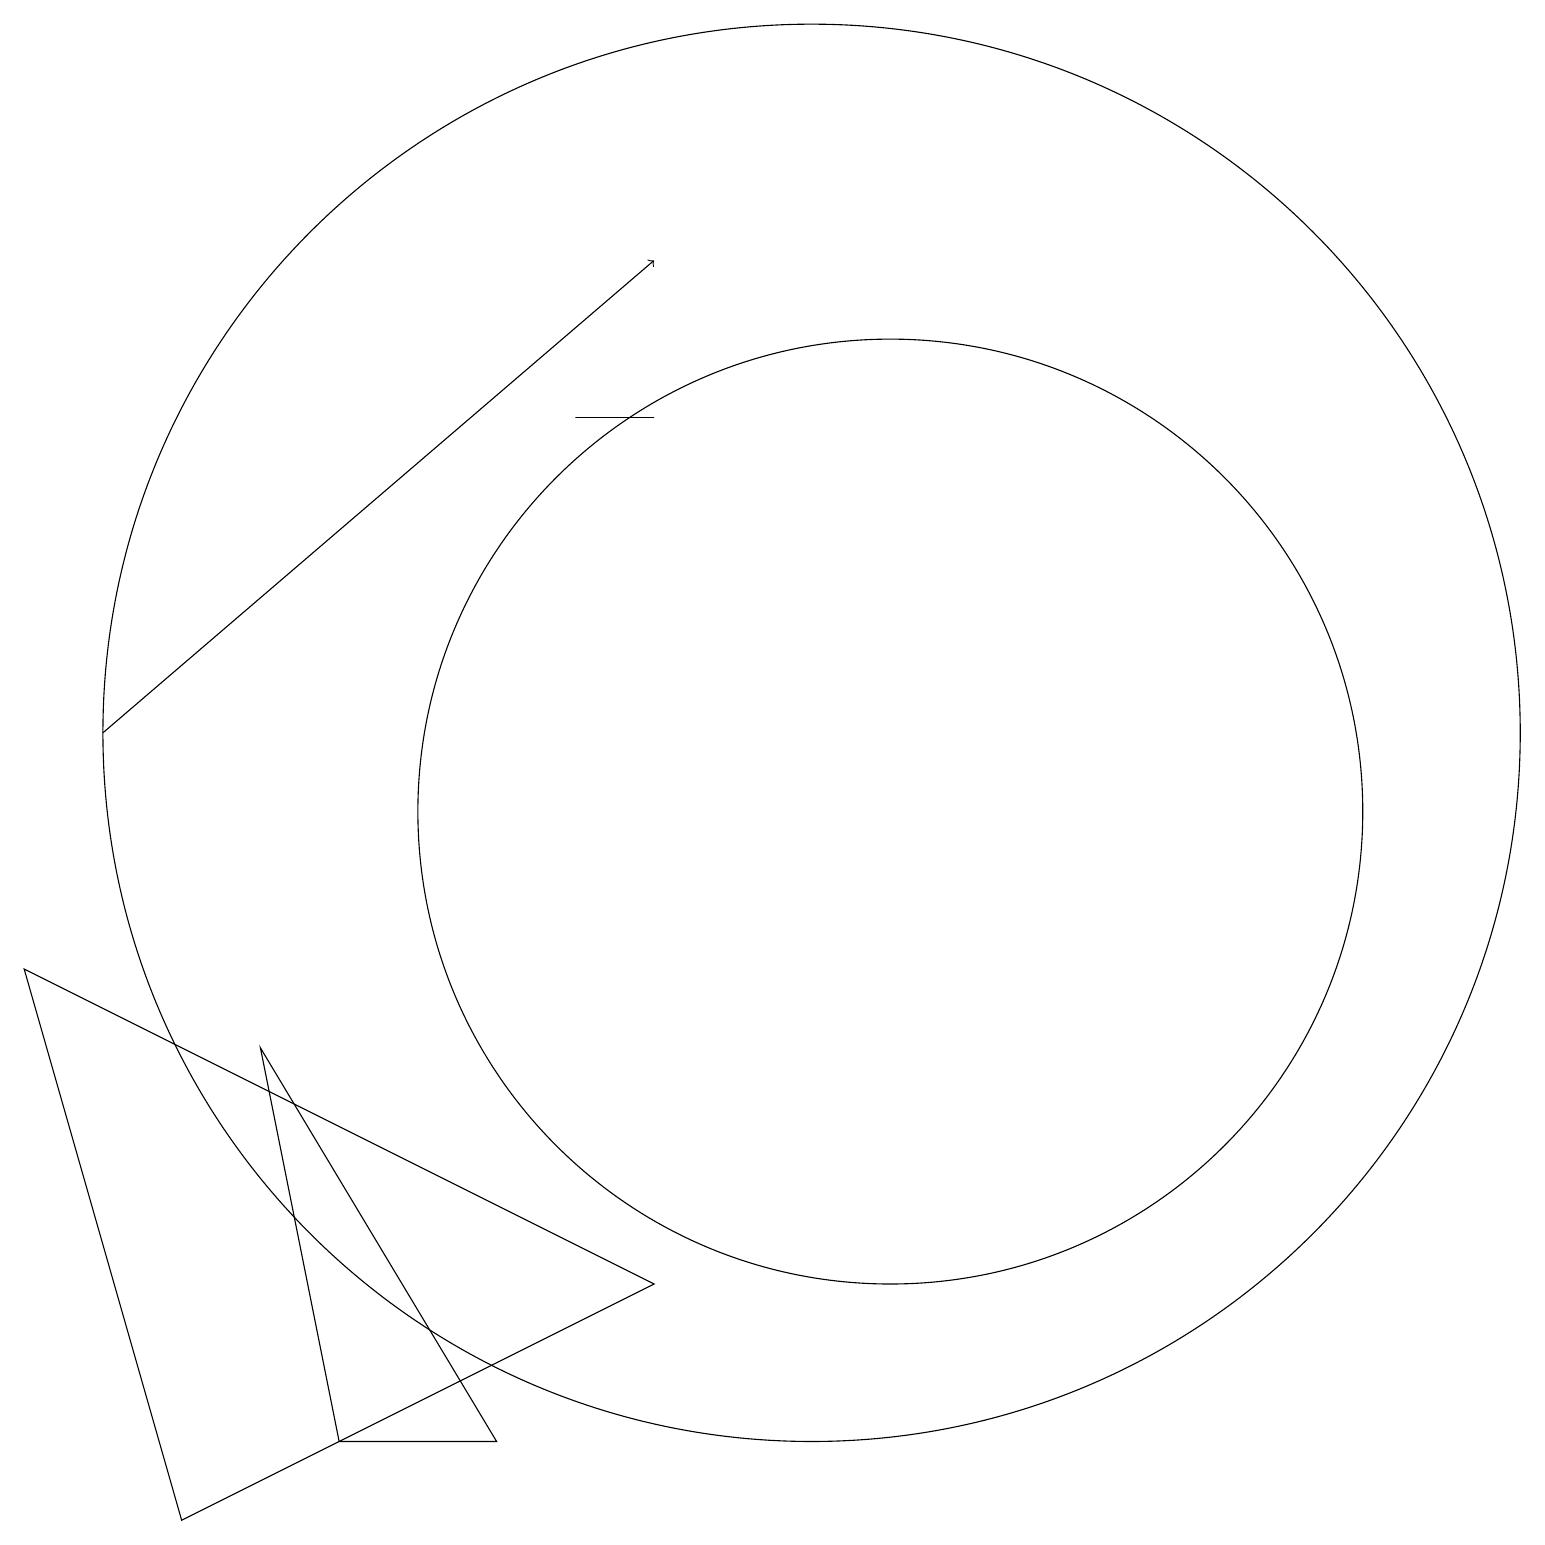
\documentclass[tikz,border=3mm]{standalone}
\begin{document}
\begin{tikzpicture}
\draw (11,11) circle (6);
\draw[->] (1,12) -- (8,18);
\draw (3,8) -- (4,3) -- (6,3) -- cycle;
\draw (10,12) circle (9);
\draw (8,5) -- (0,9) -- (2,2) -- cycle;
\draw (7,16) rectangle (8,16);
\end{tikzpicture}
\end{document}